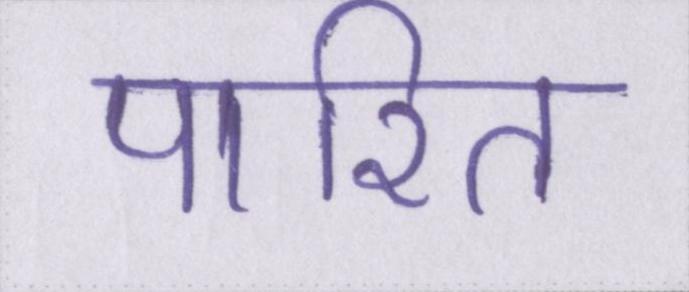
पारित